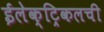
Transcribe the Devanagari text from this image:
ईलेक्ट्रिकलची